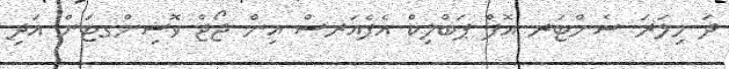
ދަ މިލަރަ ސެންޓަރ އޮފް ޕަބްލިކް އެފެއަރސް އިން ޖޯޖް ވޮޝިންގޓަން އަދި